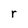
Character: r